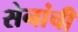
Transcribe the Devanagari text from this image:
सेनांची